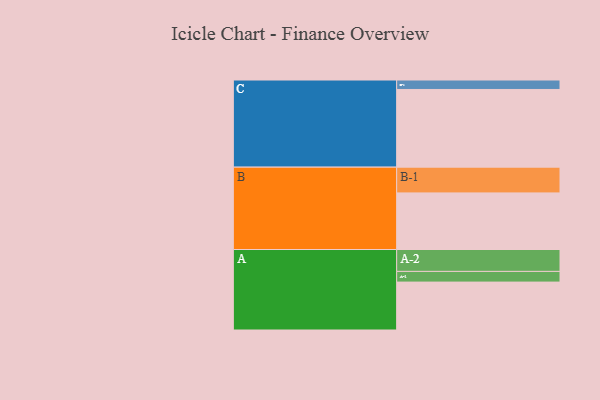
{"axis": {"x": "Segment", "y": "Value"}, "legend": ["", "A", "B", "C"], "data": [{"x": "A", "y": 359, "type": ""}, {"x": "B", "y": 424, "type": ""}, {"x": "C", "y": 582, "type": ""}, {"x": "A-1", "y": 80, "type": "A"}, {"x": "A-2", "y": 164, "type": "A"}, {"x": "B-1", "y": 193, "type": "B"}, {"x": "C-1", "y": 71, "type": "C"}]}